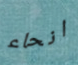
انحاء